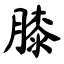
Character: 膝